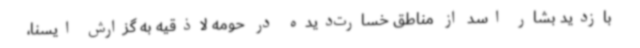
بازدید بشار اسد از مناطق خسارت‌دیده در حومه لاذقیه به گزارش ایسنا،